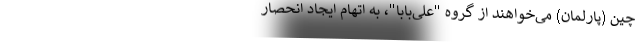
چین (پارلمان) می‌خواهند از گروه "علی‌بابا"، به اتهام ایجاد انحصار